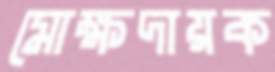
মোক্ষদায়ক